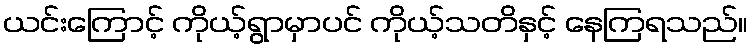
ယင်းကြောင့် ကိုယ့်ရွာမှာပင် ကိုယ့်သတိနှင့် နေကြရသည်။